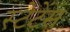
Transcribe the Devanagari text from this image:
स्टेटेंस